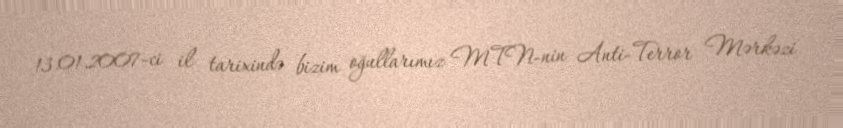
13.01.2007-ci il tarixində bizim oğullarımız MTN-nin Anti-Terror Mərkəzi